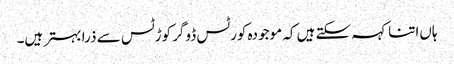
ہاں‌اتنا کہہ سکتے ہیں‌ کہ موجودہ کورٹس ڈوگر کوڑٹس سے ذرا بہتر ہیں۔